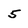
Character: 5